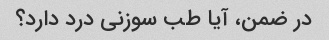
در ضمن، آیا طب سوزنی درد دارد؟